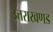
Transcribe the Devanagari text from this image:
उत्तराखणड